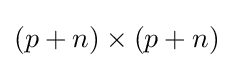
(p+n)\times (p+n)